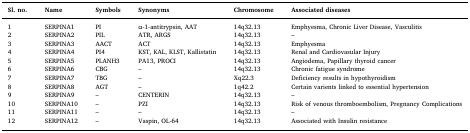
<table><thead><tr><td><b>Sl. no.</b></td><td><b>Name</b></td><td><b>Symbols</b></td><td><b>Synonyms</b></td><td><b>Chromosome</b></td><td><b>Associated diseases</b></td></tr></thead><tbody><tr><td>1</td><td>SERPINA1</td><td>PI</td><td>α-1-antitrypsin, AAT</td><td>14q32.13</td><td>Emphyesma, Chronic Liver Disease, Vasculitis</td></tr><tr><td>2</td><td>SERPINA2</td><td>PIL</td><td>ATR, ARGS</td><td>14q32.13</td><td>–</td></tr><tr><td>3</td><td>SERPINA3</td><td>AACT</td><td>ACT</td><td>14q32.13</td><td>Emphyesma</td></tr><tr><td>4</td><td>SERPINA4</td><td>PI4</td><td>KST, KAL, KLST, Kallistatin</td><td>14q32.13</td><td>Renal and Cardiovasular Injury</td></tr><tr><td>5</td><td>SERPINA5</td><td>PLANH3</td><td>PA13, PROCI</td><td>14q32.13</td><td>Angiodema, Papillary thyroid cancer</td></tr><tr><td>6</td><td>SERPINA6</td><td>CBG</td><td>–</td><td>14q32.13</td><td>Chronic fatigue syndrome</td></tr><tr><td>7</td><td>SERPINA7</td><td>TBG</td><td>–</td><td>Xq22.3</td><td>Deficiency results in hypothyroidism</td></tr><tr><td>8</td><td>SERPINA8</td><td>AGT</td><td>–</td><td>1q42.2</td><td>Certain varients linked to essential hypertension</td></tr><tr><td>9</td><td>SERPINA9</td><td>–</td><td>CENTERIN</td><td>14q32.13</td><td>–</td></tr><tr><td>10</td><td>SERPINA10</td><td>–</td><td>PZI</td><td>14q32.13</td><td>Risk of venous thromboembolism, Pregnancy Complications</td></tr><tr><td>11</td><td>SERPINA11</td><td>–</td><td>–</td><td>14q32.13</td><td>–</td></tr><tr><td>12</td><td>SERPINA12</td><td>–</td><td>Vaspin, OL-64</td><td>14q32.13</td><td>Associated with Insulin resistance</td></tr></tbody></table>